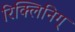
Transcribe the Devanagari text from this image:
रिक्लिनिग्